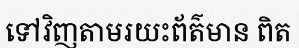
ទៅវិញតាមរយះព័ត៌មាន ពិត